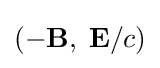
(-\mathbf {B} ,\;\mathbf {E} /c)